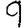
Digit: 9